Report of the Bombay Plague Committee
Disease focus: Plague
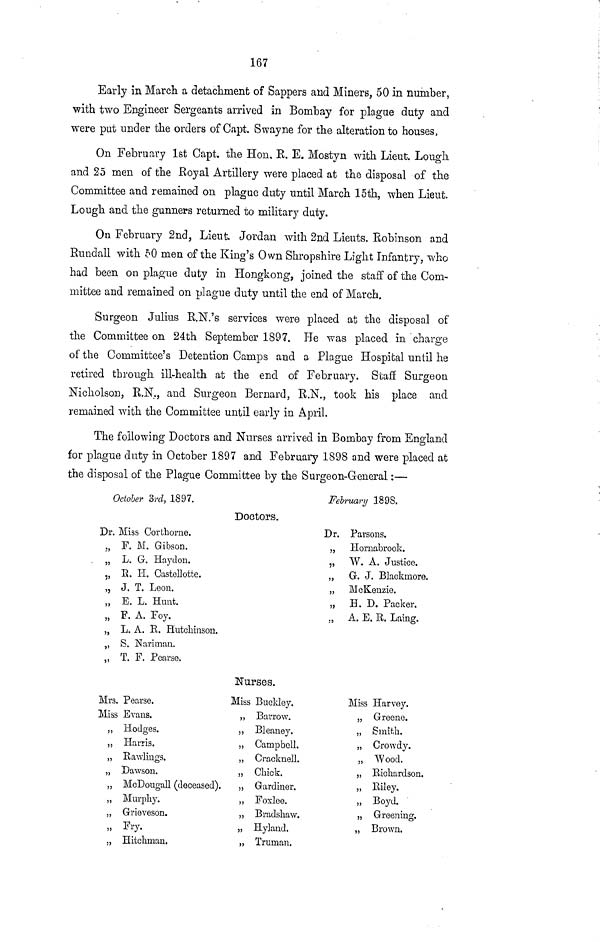
167
Early in March a detachment of Sappers and Miners, 50 in number,
with two Engineer Sergeants arrived in Bombay for plague duty and
were put under the orders of Capt. Swayne for the alteration to houses,
On February 1st Capt. the Hon. R. E. Mostyn with Lieut. Lough
and 25 men of the Royal Artillery were placed at the disposal of the
Committee and remained on plague duty until March 15th, when Lieut.
Lough and the gunners returned to military duty.
On February 2nd, Lieut. Jordan with 2nd Lieuts. Robinson and
Rundall with 50 men of the King's Own Shropshire Light Infantry, who
had been on plague duty in Hongkong, joined the staff of the Com-
mittee and remained on plague duty until the end of March.
Surgeon Julius R.N.'s services were placed at the disposal of
the Committee on 24th September 1897. He was placed in charge
of the Committee's Detention Camps and a Plague Hospital until he
retired through ill-health at the end of February. Staff Surgeon
Nicholson, R.N., and Surgeon Bernard, R.N., took his place and
remained with the Committee until early in April.
The following Doctors and Nurses arrived in Bombay from England
for plague duty in October 1897 and February 1898 and were placed at
the disposal of the Plague Committee by the Surgeon-General:—
October 3rd, 1897.
Dr.
/>
11
V
>J
}>
»
»
»
»3
Doctors.
Miss Corlhorne.
F. M. Gibson.
L. G. Haydon.
R. H. Castellotte.
J. T. Leou.
E. L. Hunt.
F. A. Foy.
L. A. R. Hutchinson.
S. Nariman.
T. F. Pearse.
Februanj 1898.
Dr. Parsons.
„ Homabrook.
„ W. A. Justice.
„ G. J. Blackmore.
„ McKenzie.
„ H. D. Packer.
„ A. E. R. Laing.
Nurses.
Mrs.
Miss
,,
,,
)3
5)
53
33
JJ
5)
»
Pearse.
Evans.
Hodges.
Harris.
Rawlings.
Dawson.
McDougall (deceased).
Murphy.
Grieveson.
Fry.
Hitchman.
Miss
»
33
J3
})
}J
»
}J
3)
JJ
»
Buckley.
Barrow.
Bleaney.
Campbell.
Cracknell.
Chick.
Gardiner.
Foxleo.
Bradshaw.
Hyland.
Truman.
Miss
33
3>
3?
5)
33
33
33
33
J)
Harvey.
Greene.
Smith.
Crowdy.
"Wood.
Richardson.
Riley.
Boyd.
Greening.
Brown.